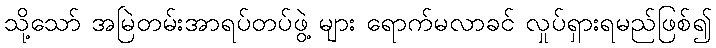
သို့သော် အမြဲတမ်းအာရပ်တပ်ဖွဲ့ များ ရောက်မလာခင် လှုပ်ရှားရမည်ဖြစ်၍